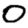
Digit: 0